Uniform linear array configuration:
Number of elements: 8
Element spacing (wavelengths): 0.25
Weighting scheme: blackman
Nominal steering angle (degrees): -45
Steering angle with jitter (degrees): -46.322
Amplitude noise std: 0.05
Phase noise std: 0.05

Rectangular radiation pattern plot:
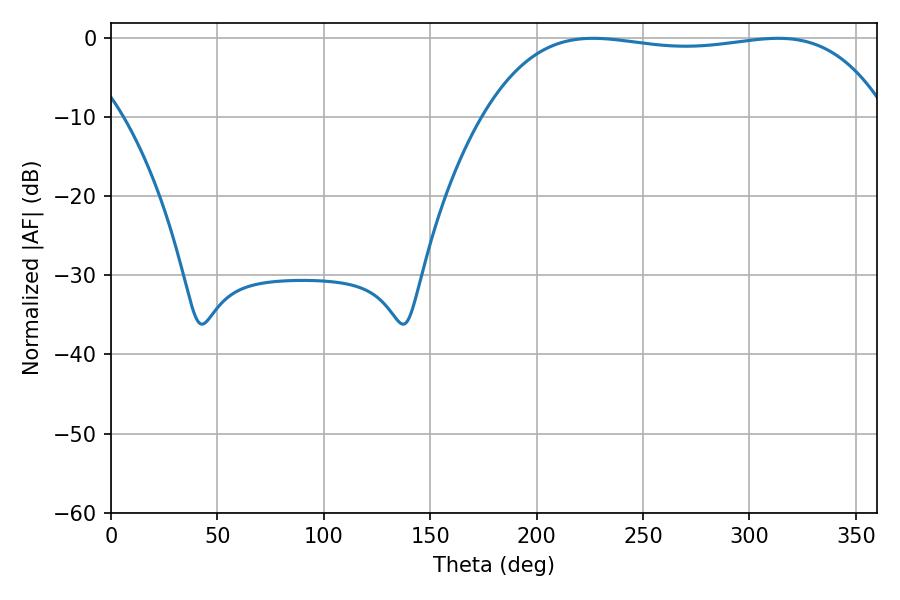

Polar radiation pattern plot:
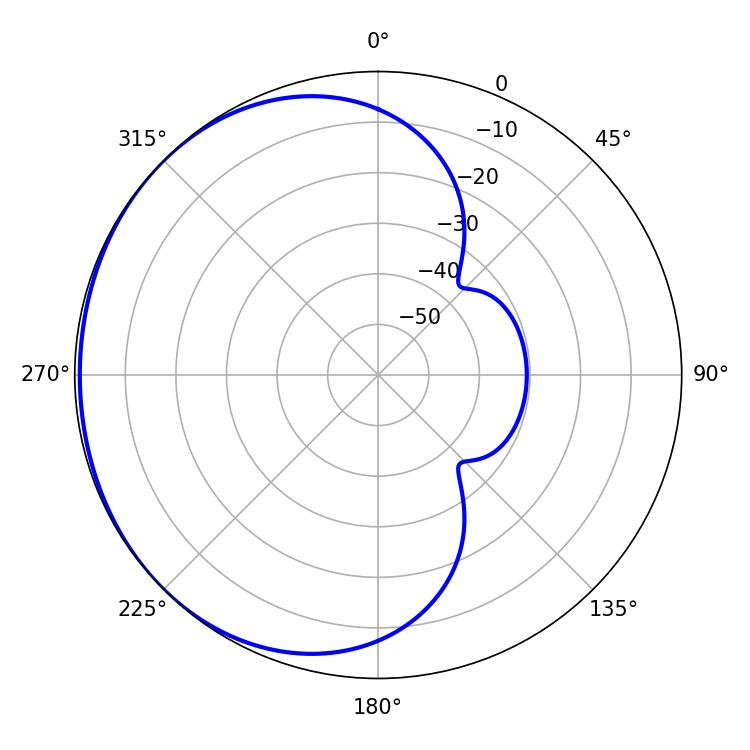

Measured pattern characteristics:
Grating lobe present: FALSE
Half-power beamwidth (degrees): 150.12
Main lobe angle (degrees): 226.62